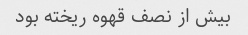
بیش از نصف قهوه ریخته بود